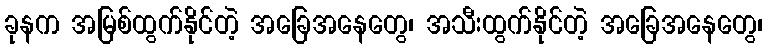
ခုနက အမြစ်ထွက်နိုင်တဲ့ အခြေအနေတွေ၊ အသီးထွက်နိုင်တဲ့ အခြေအနေတွေ၊